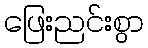
ဖြေးညင်းစွာ